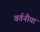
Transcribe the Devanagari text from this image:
वर्तनीयां